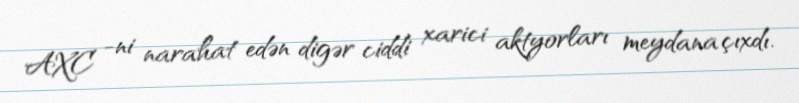
AXC -ni narahat edən digər ciddi xarici aktyorları meydana çıxdı.